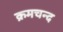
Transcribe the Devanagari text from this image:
क्रमचन्द